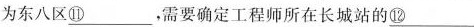
为东八区\underline{⑪}，需要确定工程师所在长城站的\underline{⑫}